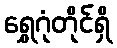
ရွှေဂုံတိုင်ရှိ